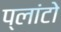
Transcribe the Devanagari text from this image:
प्‍लांटो